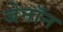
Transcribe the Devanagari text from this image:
जेनॉन